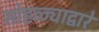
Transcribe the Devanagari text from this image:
सोहळ्याद्वारे